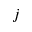
j